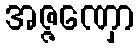
အဇ္ဇဏှော